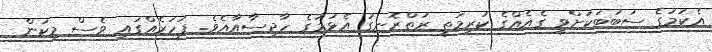
އެކަމުގެ ސަބަބަކަށްވީ ގެއެއްގެ ކުރިމަތީ ރަތްރޮނގު އެޅުމުގެ ހާދިސާއާއެވެ. ފަހަރެއްގައި ވެސް މިކަން